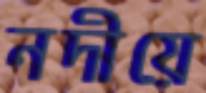
নদীয়ে